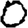
Digit: 0